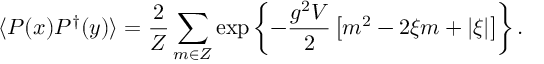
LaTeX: \langle P ( x ) P ^ { \dagger } ( y ) \rangle = \frac { 2 } { Z } \sum _ { m \in Z } \exp \left\{ - \frac { g ^ { 2 } V } { 2 } \left[ m ^ { 2 } - 2 \xi m + \vert \xi \vert \right] \right\} .